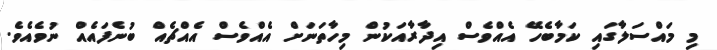
މި މައްސަލާގައި ކަމާބެހޭ އެއްވެސް އިދާރާއަކުން މިހާތަނަށް އެއްވެސް އެއްޗެއް ބުނެފައެއް ނުވެއެވެ.